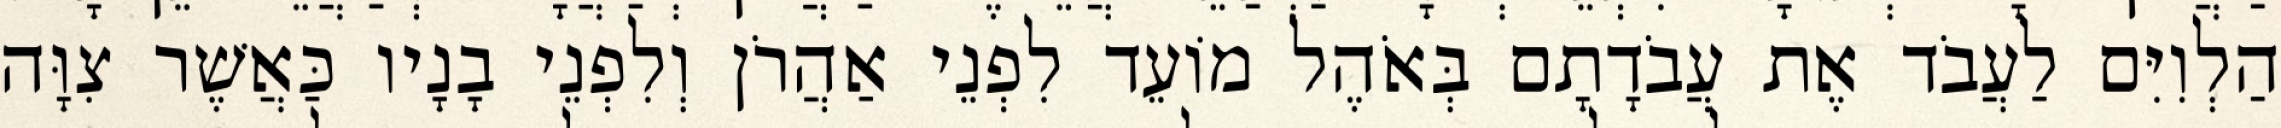
הַלְוִיִּם לַעֲבֹד אֶת עֲבֹדָתָם בְּאֹהֶל מוֹעֵד לִפְנֵי אַהֲרֹן וְלִפְנֵי בָנָיו כַּאֲשֶׁר צִוָּה